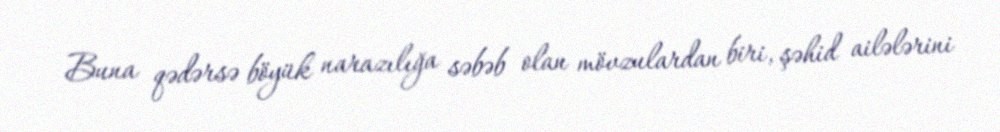
Buna qədərsə böyük narazılığa səbəb olan mövzulardan biri, şəhid ailələrini